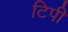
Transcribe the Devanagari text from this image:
टिपी